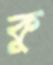
কু